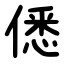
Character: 僁